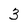
Character: 3